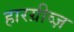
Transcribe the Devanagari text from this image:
हारग्रीव्ज़